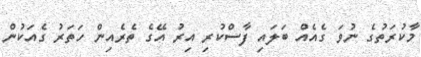
މާކުރަތުގެ ނުވަ ގެއެއް ބަލައި ފާސްކުރި އިރު އޭގެ ތެރެއިން ހަތަރު ގެއަކުން